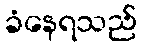
ခံနေရသည်